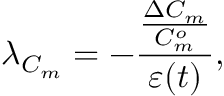
\lambda _ { C _ { m } } = - \frac { \frac { \Delta C _ { m } } { C _ { m } ^ { o } } } { \varepsilon ( t ) } ,